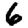
Digit: 6